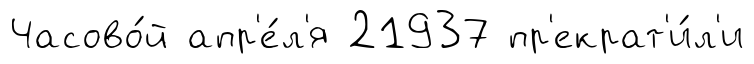
Часово́й апр'е́л'я 21937 пр'екрат'и́л'и